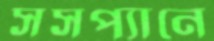
সসপ্যানে